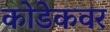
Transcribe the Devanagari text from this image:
कोडेकवर